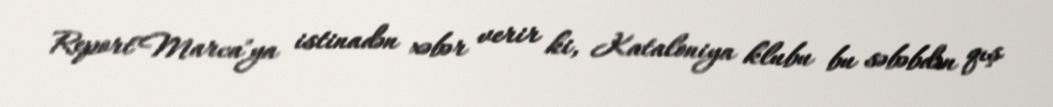
Report"Marca"ya istinadən xəbər verir ki, Kataloniya klubu bu səbəbdən qış